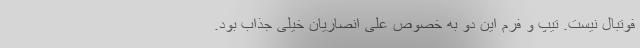
فوتبال نیست. تیپ و فرم این دو به خصوص علی انصاریان خیلی جذاب بود.